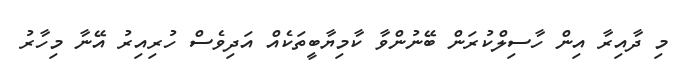
މި ދާއިރާ އިން ހާސިލްކުރަން ބޭނުންވާ ކާމިޔާބީތަކެއް އަދިވެސް ހުރިއިރު އޭނާ މިހާރު